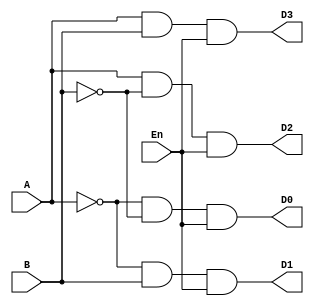
module Decoder_2X4(input A,B,En, output D0,D1,D2,D3);

///assigning inputs to outputs

assign D0 = ~A&~B&En;
assign D1= ~A&B&En;
assign D2= A&~B&En;
assign D3= A&B&En;

endmodule